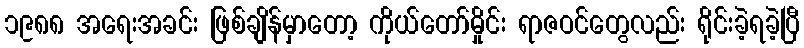
၁၉၈၈ အရေးအခင်း ဖြစ်ချိန်မှာတော့ ကိုယ်တော်မှိုင်း ရာဇဝင်တွေလည်း ရိုင်းခဲ့ရခဲ့ပြီ